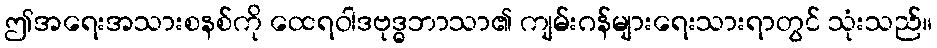
ဤအရေးအသားစနစ်ကို ထေရဝါဒဗုဒ္ဓဘာသာ၏ ကျမ်းဂန်များရေးသားရာတွင် သုံးသည်။